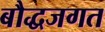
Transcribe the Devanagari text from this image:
बौद्धजगत